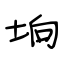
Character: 垧